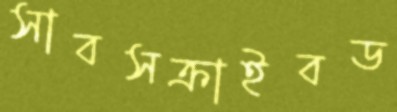
সাবসক্রাইবড